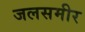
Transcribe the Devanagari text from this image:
जलसमीर